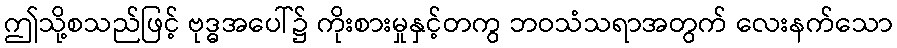
ဤသို့စသည်ဖြင့် ဗုဒ္ဓအပေါ်၌ ကိုးစားမှုနှင့်တကွ ဘဝသံသရာအတွက် လေးနက်သော